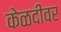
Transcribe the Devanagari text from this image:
केळदीवर